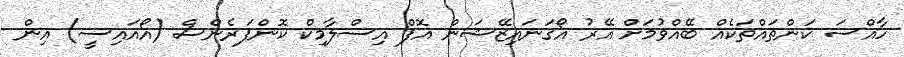
ހާއްސަ ކަންތައްތަކެއް ބޭއްވުމަށް އޭރު އޯގަނައިޒޭޝަން އޮފް އިސްލާމިކް ކޮންފަރެންސް (އޯއައިސީ) އިން